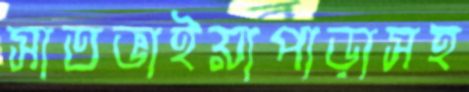
সাতভাইয়াপাড়াসহ